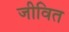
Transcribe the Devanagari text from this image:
जीवित